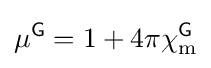
\mu ^{\textsf {G}}=1+4\pi \chi _{\text{m}}^{\textsf {G}}